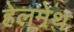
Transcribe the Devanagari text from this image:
हेलमेथ